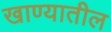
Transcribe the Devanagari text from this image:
खाण्यातील